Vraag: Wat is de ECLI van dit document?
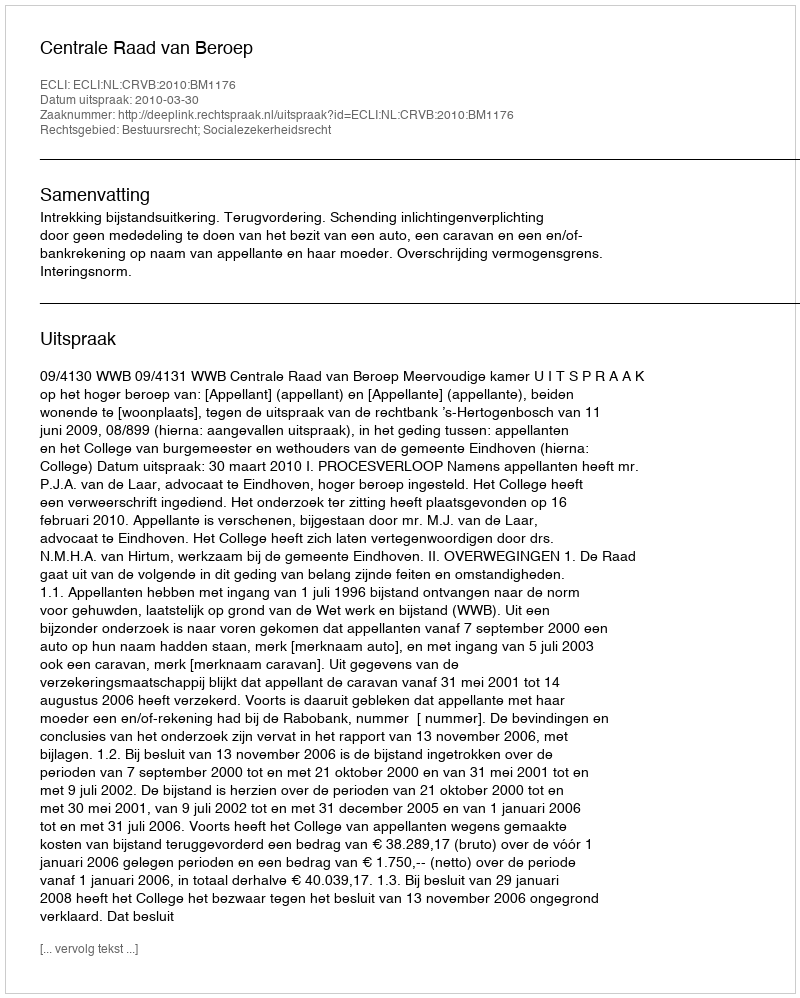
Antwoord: ECLI:NL:CRVB:2010:BM1176